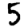
Digit: 5